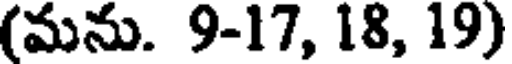
(మను. 9-17, 18, 19)